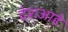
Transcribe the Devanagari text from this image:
देशआहे